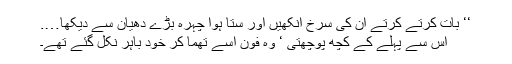
‘‘ بات کرتے کرتے ان کی سرخ آنکھیں اور ستا ہوا چہرہ بڑے دھیان سے دیکھا….
اس سے پہلے کے کچھ پوچھتی ‘ وہ فون اسے تھما کر خود باہر نکل گئے تھے۔